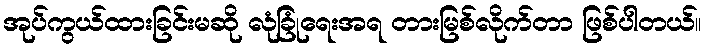
အုပ်ကွယ်ထားခြင်းမဆို လုံခြုံရေးအရ တားမြစ်လိုက်တာ ဖြစ်ပါတယ်။